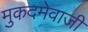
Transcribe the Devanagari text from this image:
मुकदमेवाजी